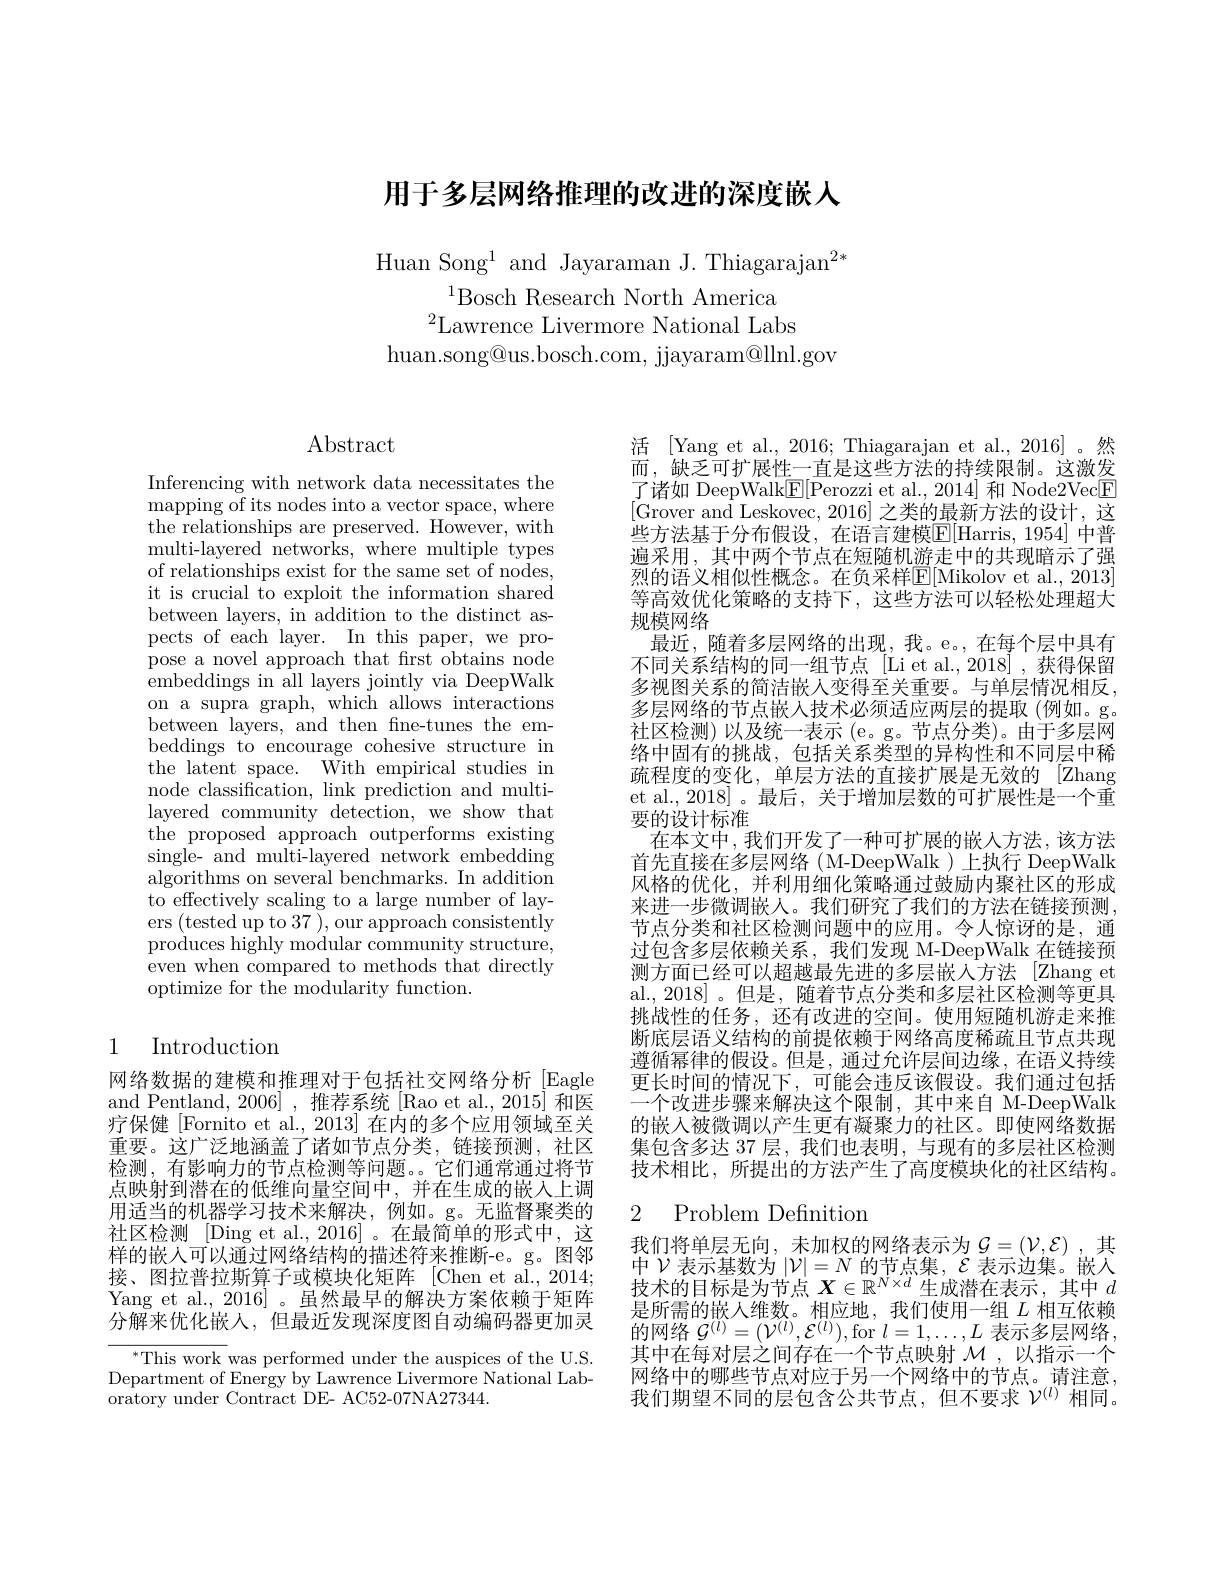
# 用于多层网络推理的改进的深度嵌人

Huan Song$^1$ and Jayaraman J. Thiagarajan$^2*$
$^{1}$Bosch Research North America
$^{2}$Lawrence Livermore National Labs
huan.song@us.bosch.com, jjayaram@llnl.gov

## Abstract

Inferencing with network data necessitates the mapping of its nodes into a vector space, where the relationships are preserved. However, with multi-layered networks, where multiple types of relationships exist for the same set of nodes, it is crucial to exploit the information shared between layers, in addition to the distinct aspects of each layer. In this paper, we propose a novel approach that frst obtains node embeddings in all layers jointly via DeepWalk on a supra graph, which allows interactions between layers, and then fne-tunes the embeddings to encourage cohesive structure in the latent space. With empirical studies in node classification, link prediction and multilayered community detection, we show that the proposed approach outperforms existing single- and multi-layered network embedding algorithms on several benchmarks. In addition to effectively scaling to a large number of layers (tested up to 37 ), our approach consistently produces highly modular community structure, even when compared to methods that directly optimize for the modularity function.

# 1 Introduction

网络数据的建模和推理对于包括社交网络分析[Eagle and Pentland, 2006] , 推荐系统 [Rao et al., 2015] 和医疗保健[Fornito et al., 2013] 在内的多个应用领域至关重要。这广泛地涵盖了诸如节点分类，链接预测，社区检测，有影响力的节点检测等问题。它们通常通过将节点映射到潜在的低维向量空间中，并在生成的嵌人上调用适当的机器学习技术来解决，例如。g。无监督聚类的社区检测 [Ding et al., 2016] 。在最简单的形式中，这样的嵌人可以通过网络结构的描述符来推断-e。g。图邻接、图拉普拉斯算子或模块化矩阵 [Chen et al.,2014; Yang et al., 2016] 。虽然最早的解决方案依赖于矩阵分解来优化嵌人，但最近发现深度图自动编码器更加灵

$^{*}$This work was performed under the auspices of the U.S. Department of Energy by Lawrence Livermore National Lab- $\hat{\text{oratory under Contract DE- AC52-07NA27344.}}$

活 [Yang et al., 2016; Thiagarajan et al., 2016]。然而，缺乏可扩展性一直是这些方法的持续限制。这激发了诸如 DeepWalk$\underline{\mathrm{F}}[$Perozzi et al.,2014] 和 Node2Vec$\boxed{\mathrm{F}}$ [Grover and Leskovec, 2016] 之类的最新方法的设计，这些方法基于分布假设，在语言建模$\boxed{\mathrm{E}}[$Harris,1954] 中普遍采用，其中两个节点在短随机游走中的共现暗示了强烈的语义相似性概念。在负采样$\mathbb{E}[$Mikolov et al., 2013] 等高效优化策略的支持下，这些方法可以轻松处理超大规模网络
最近，随着多层网络的出现，我。e。,在每个层中具有不同关系结构的同一组节点[Li et al.,2018],获得保留多视图关系的简洁嵌人变得至关重要。与单层情况相反， 多层网络的节点嵌入技术必须适应两层的提取(例如。g。社区检测)以及统一表示(e。g。节点分类)。由于多层网络中固有的挑战，包括关系类型的异构性和不同层中稀疏程度的变化，单层方法的直接扩展是无效的 [Zhang et al., 2018]。最后，关于增加层数的可扩展性是一个重要的设计标准
在本文中，我们开发了一种可扩展的嵌入方法，该方法首先直接在多层网络(M-DeepWalk)上执行 DeepWalk 风格的优化，并利用细化策略通过鼓励内聚社区的形成来进一步微调嵌人。我们研究了我们的方法在链接预测， 节点分类和社区检测问题中的应用。令人惊讶的是，通过包含多层依赖关系，我们发现 M-DeepWalk 在链接预测方面已经可以超越最先进的多层嵌入方法[Zhang et al.,2018]。但是，随着节点分类和多层社区检测等更具挑战性的任务，还有改进的空间。使用短随机游走来推断底层语义结构的前提依赖于网络高度稀疏且节点共现遵循幂律的假设。但是，通过允许层间边缘，在语义持续更长时间的情况下，可能会违反该假设。我们通过包括一个改进步骤来解决这个限制，其中来自 M-DeepWalk 的嵌人被微调以产生更有凝聚力的社区。即使网络数据集包含多达 37 层，我们也表明，与现有的多层社区检测技术相比，所提出的方法产生了高度模块化的社区结构。

### 2 Problem Definition

我们将单层无向，未加权的网络表示为$G=(\mathcal{V},\mathcal{E})$,其中$\mathcal{V}$表示基数为$|\mathcal{V}|=N$的节点集，$\mathcal{E}$表示边集。嵌入技术的目标是为节点$X\in\mathbb{R}^N\times d$生成潜在表示，其中$d$ 是所需的嵌人维数。相应地，我们使用一组$L$相互依赖的网络$\mathcal{G}^(l)=(\mathcal{V}^{(l)},\mathcal{E}^{(l)})$,for $l=1,\ldots,L$表示多层网络其中在每对层之间存在一个节点映射$\mathcal{M}$,以指示一个网络中的哪些节点对应于另一个网络中的节点。请注意， 我们期望不同的层包含公共节点，但不要求$\mathcal{V}^{(l)}$相同。